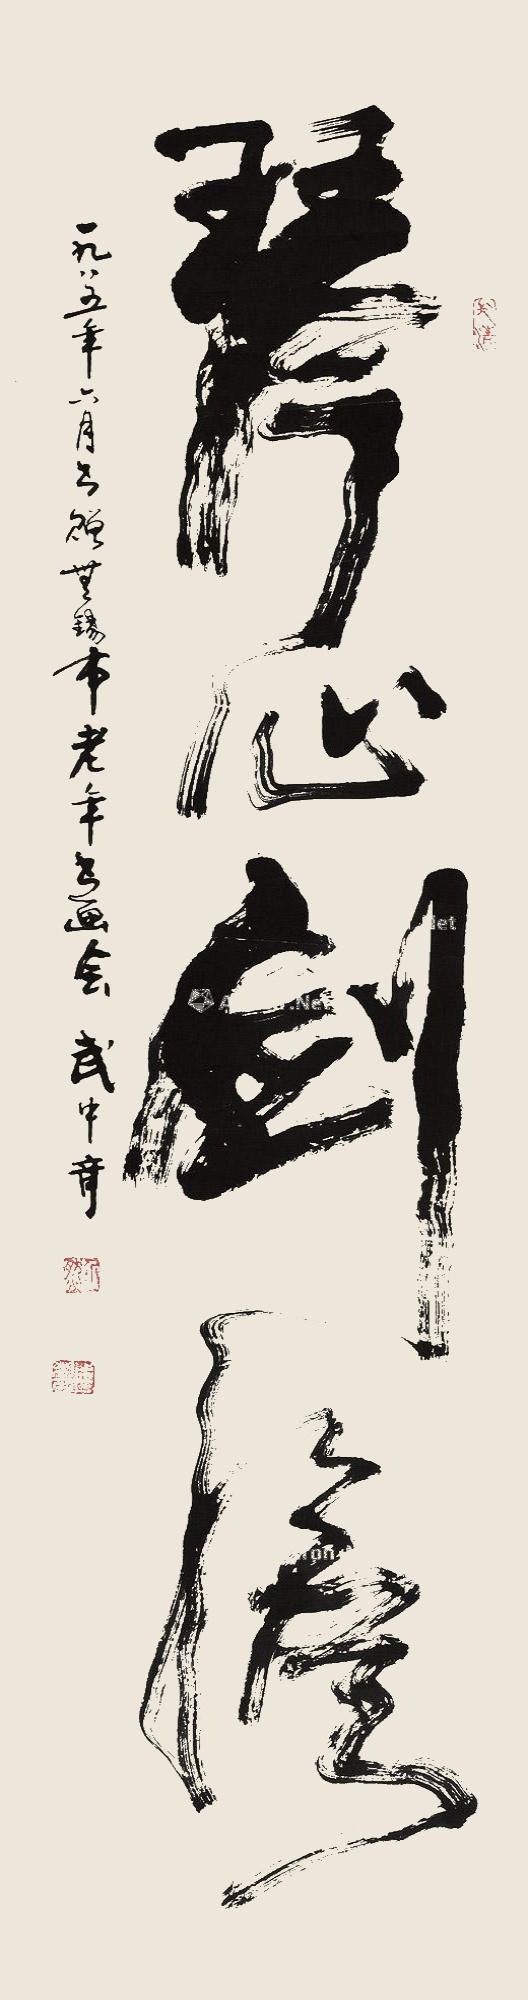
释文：琴心剑胆。一九八五年六月，书赠无锡市老年书画会，武中奇。